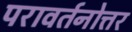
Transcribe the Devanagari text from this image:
परावर्तनोत्तर